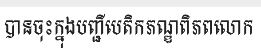
បានចុះក្នុងបញ្ជីបេតិកភណ្ឌពិភពលោក